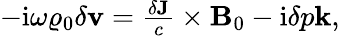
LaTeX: \begin{array}{r}{-\textrm{i}\omega\varrho_{0}\delta\mathbf{v}=\frac{\delta\mathbf{J}}{c}\times\mathbf{B}_{0}-\textrm{i}\delta p\mathbf{k},}\end{array}